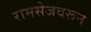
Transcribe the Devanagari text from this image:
रामसेजवरून